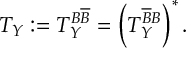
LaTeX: T _ { Y } : = T _ { Y } ^ { B \overline { { B } } } = \left( T _ { Y } ^ { \overline { { B } } B } \right) ^ { * } .